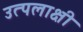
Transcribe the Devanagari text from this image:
उत्पलाक्षी